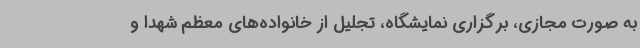
به صورت مجازی، برگزاری نمایشگاه، تجلیل از خانواده‌های معظم شهدا و